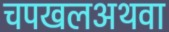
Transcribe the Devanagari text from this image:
चपखलअथवा